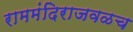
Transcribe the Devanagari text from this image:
राममंदिराजवळच